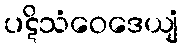
ပဋိသံဝေဒေယျံ